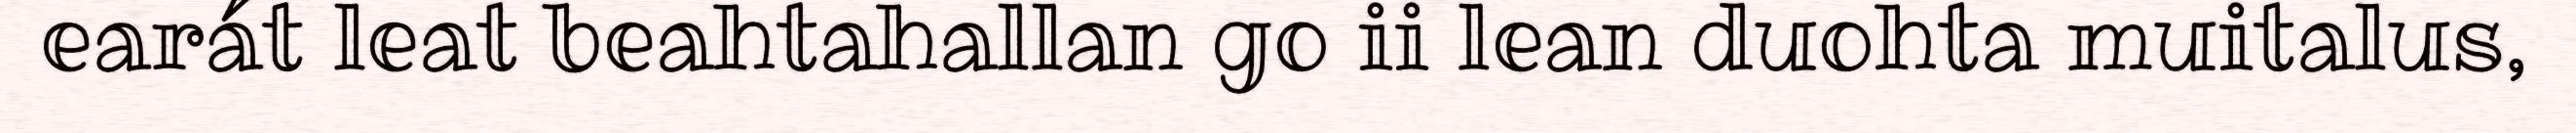
earát leat beahtahallan go ii lean duohta muitalus,